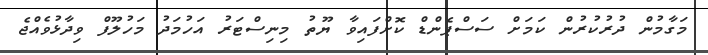
މަގާމުން ދުރުކުުރުން ކަމަށް ސަސްޕެންޑް ކޮށްފައިވާ ޔޫތު މިނިސްޓަރު އަހުމަދު މަހުލޫފް ވިދާޅުވެއްޖެ